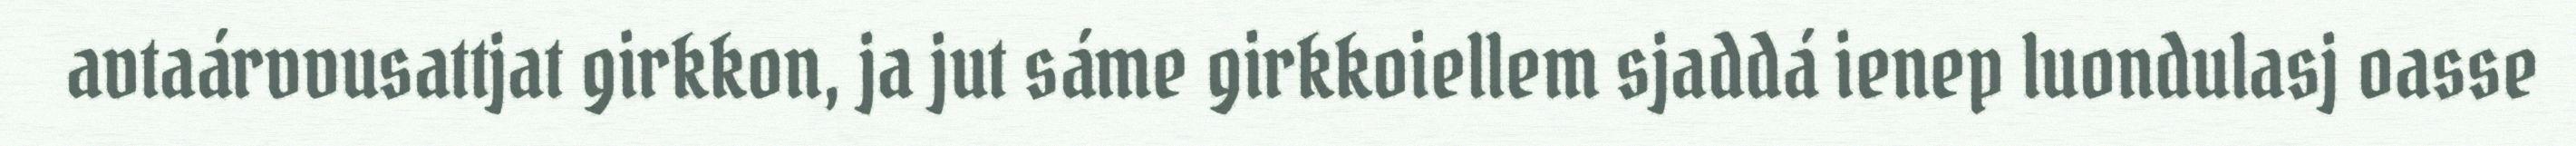
avtaárvvusattjat girkkon, ja jut sáme girkkoiellem sjaddá ienep luondulasj oasse